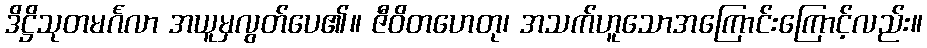
ဒိဋ္ဌိသုတမင်္ဂလာ အယူမှလွတ်ပေ၏။ ဇီဝိတဟေတု၊ အသက်ဟူသောအကြောင်းကြောင့်လည်း။